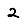
Digit: 2